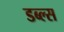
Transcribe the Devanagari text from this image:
डब्ल्स